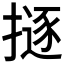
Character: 𢴊